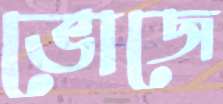
ভোজে